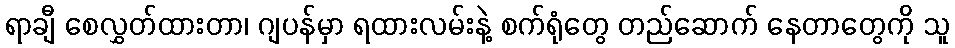
ရာချီ စေလွှတ်ထားတာ၊ ဂျပန်မှာ ရထားလမ်းနဲ့ စက်ရုံတွေ တည်ဆောက် နေတာတွေကို သူ